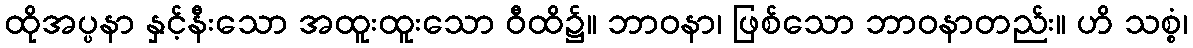
ထိုအပ္ပနာ နှင့်နီးသော အထူးထူးသော ဝီထိ၌။ ဘာဝနာ၊ ဖြစ်သော ဘာဝနာတည်း။ ဟိ သစ္စံ၊